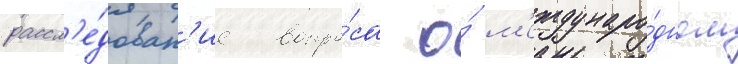
рассл'е́дован'ие вопро́са о́ м'еждунаро́дном